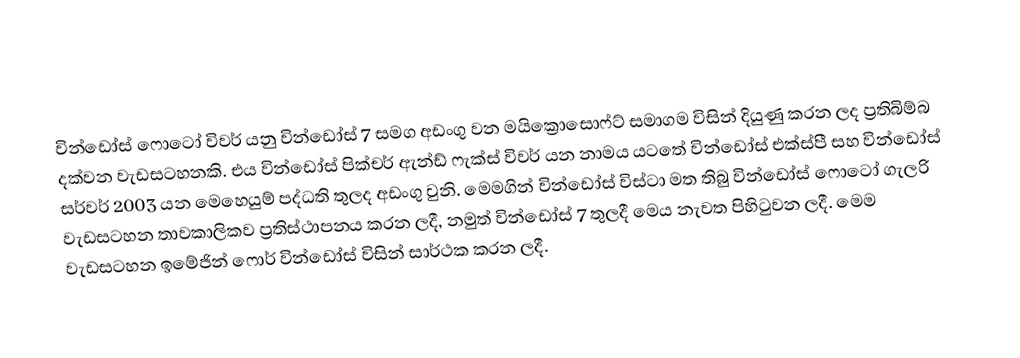
වින්ඩෝස් ෆොටෝ විවර් යනු වින්ඩෝස් 7 සමග අඩංගු වන මයික්‍රොසොෆ්ට් සමාගම විසින් දියුණු කරන ලද ප්‍රතිබිම්බ දක්වන වැඩසටහනකි. එය වින්ඩෝස් පික්චර් ඇන්ඩ් ෆැක්ස් විවර් යන නාමය යටතේ වින්ඩෝස් එක්ස්පී සහ වින්ඩෝස් සර්වර් 2003 යන මෙහෙයුම් පද්ධති තුලද අඩංගු වුනි. මෙමගින් වින්ඩෝස් විස්ටා මත තිබු වින්ඩෝස් ෆොටෝ ගැලරි වැඩසටහන තාවකාලිකව ප්‍රතිස්ථාපනය කරන ලදී, නමුත් වින්ඩෝස් 7 තුලදී මෙය නැවත පිහිටුවන ලදී. මෙම වැඩසටහන ඉමේජින් ෆොර් වින්ඩෝස් විසින් සාර්ථක කරන ලදී.